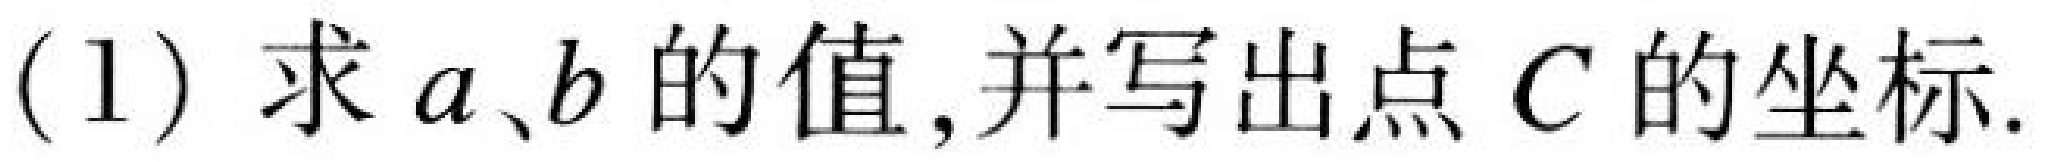
(1) 求\(a、b\)的值,并写出点\(C\)的坐标.